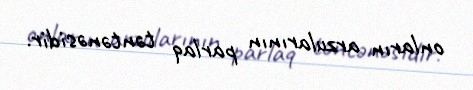
onların arzularının parlaq təntənəsidir.